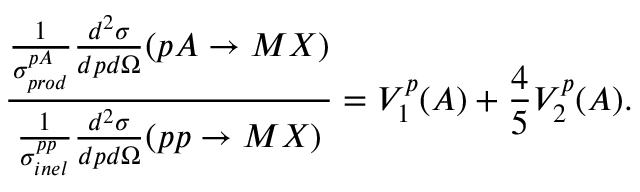
\frac { \frac { 1 } { \sigma _ { p r o d } ^ { p A } } \frac { d ^ { 2 } \sigma } { d p d \Omega } ( p A \rightarrow M X ) } { \frac { 1 } { \sigma _ { i n e l } ^ { p p } } \frac { d ^ { 2 } \sigma } { d p d \Omega } ( p p \rightarrow M X ) } = V _ { 1 } ^ { p } ( A ) + \frac { 4 } { 5 } V _ { 2 } ^ { p } ( A ) .